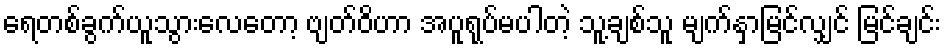
ရေတစ်ခွက်ယူသွားလေတော့ ဗျတ်ဝိဟာ အပူရုပ်မပါတဲ့ သူ့ချစ်သူ မျက်နှာမြင်လျှင် မြင်ချင်း